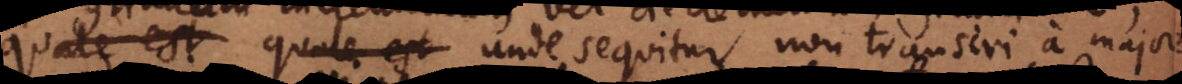
, quale est unde sequitur non transiri a majore